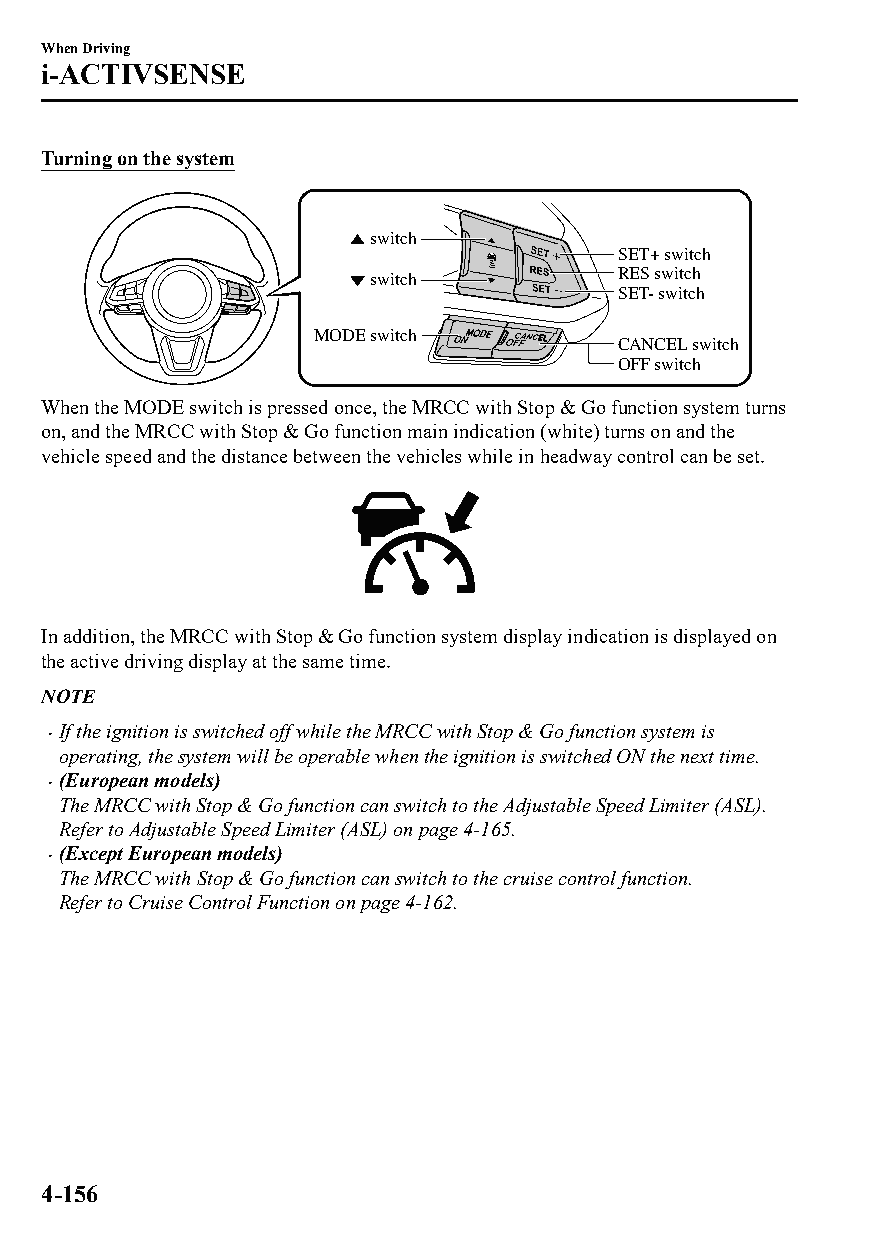
When Driving
 i-ACTIVSENSE
 Turning on the system
 switch
 SET+ switch
 switch           RES switch
 SET- switch
 MODE switch
 CANCEL switch
 OFF switch
 When the MODE switch is pressed once, the MRCC with Stop & Go function system turns
 on, and the MRCC with Stop & Go function main indication (white) turns on and the
 vehicle speed and the distance between the vehicles while in headway control can be set.
 In addition, the MRCC with Stop & Go function system display indication is displayed on
 the active driving display at the same time.
 NOTE
 If the ignition is switched off while the MRCC with Stop & Go function system is
 
 operating, the system will be operable when the ignition is switched ON the next time.
 (European models)
 
 The MRCC with Stop & Go function can switch to the Adjustable Speed Limiter (ASL).
 Refer to Adjustable Speed Limiter (ASL) on page 4-165.
 (Except European models)
 
 The MRCC with Stop & Go function can switch to the cruise control function.
 Refer to Cruise Control Function on page 4-162.
 4-156
 CX-3_8GT4-EE-18D_Edition4                  2018-9-6 18:32:19